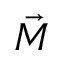
\vec { M }